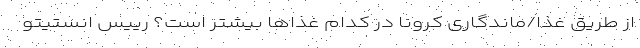
از طریق غذا/ماندگاری کرونا در کدام غذاها بیشتر است؟ رییس انستیتو